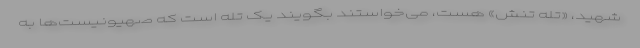
شهید، «تله تنش» هست، می‌خواستند بگویند یک تله است که صهیونیست‌ها به